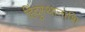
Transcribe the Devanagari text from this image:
हिंदुस्थानाशि